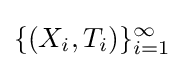
\{(X_{i},T_{i})\}_{i=1}^{\infty }